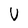
Character: U